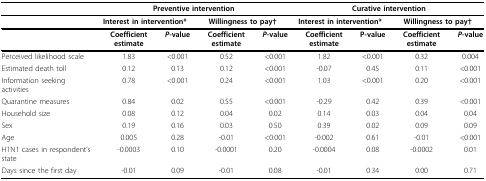
<table><thead><tr><td></td><td colspan="4"><b>Preventive intervention</b></td><td colspan="4"><b>Curative intervention</b></td></tr></thead><tbody><tr><td></td><td colspan="2"><b>Interest in intervention*</b></td><td colspan="2"><b>Willingness to pay†</b></td><td colspan="2"><b>Interest in intervention*</b></td><td colspan="2"><b>Willingness to pay†</b></td></tr><tr><td></td><td><b>Coefficient estimate</b></td><td><b><i>P</i>-value</b></td><td><b>Coefficient estimate</b></td><td><b><i>P</i>-value</b></td><td><b>Coefficient estimate</b></td><td><b>P-value</b></td><td><b>Coefficient estimate</b></td><td><b><i>P</i>-value</b></td></tr><tr><td>Perceived likelihood scale</td><td>1.83</td><td>&lt;0.001</td><td>0.52</td><td>&lt;0.001</td><td>1.82</td><td>&lt;0.001</td><td>0.32</td><td>0.004</td></tr><tr><td>Estimated death toll</td><td>0.12</td><td>0.13</td><td>0.12</td><td>&lt;0.001</td><td>-0.07</td><td>0.45</td><td>0.11</td><td>&lt;0.001</td></tr><tr><td>Information seeking activities</td><td>0.78</td><td>&lt;0.001</td><td>0.24</td><td>&lt;0.001</td><td>1.03</td><td>&lt;0.001</td><td>0.20</td><td>&lt;0.001</td></tr><tr><td>Quarantine measures</td><td>0.84</td><td>0.02</td><td>0.55</td><td>&lt;0.001</td><td>-0.29</td><td>0.42</td><td>0.39</td><td>&lt;0.001</td></tr><tr><td>Household size</td><td>0.08</td><td>0.12</td><td>0.04</td><td>0.02</td><td>0.14</td><td>0.03</td><td>0.04</td><td>0.04</td></tr><tr><td>Sex</td><td>0.19</td><td>0.16</td><td>0.03</td><td>0.50</td><td>0.39</td><td>0.02</td><td>0.09</td><td>0.09</td></tr><tr><td>Age</td><td>0.005</td><td>0.28</td><td>-0.01</td><td>&lt;0.001</td><td>-0.002</td><td>0.61</td><td>-0.01</td><td>&lt;0.001</td></tr><tr><td>H1N1 cases in respondent&#x27;s state</td><td>-0.0003</td><td>0.10</td><td>-0.0001</td><td>0.20</td><td>-0.0004</td><td>0.08</td><td>-0.0002</td><td>0.01</td></tr><tr><td>Days since the first day</td><td>-0.01</td><td>0.09</td><td>-0.01</td><td>0.08</td><td>-0.01</td><td>0.34</td><td>0.00</td><td>0.71</td></tr></tbody></table>